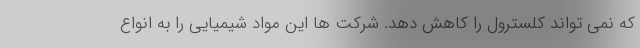
که نمی تواند کلسترول را کاهش دهد. شرکت ها این مواد شیمیایی را به انواع